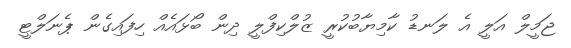
ޖަމީލް އަލީ އެ ލަނޑު ކާމިޔާބުކުރީ ޒުލްކިފްލީ ދިން ބޯޅައެއް ހިފައިގެން ޕެނަލްޓީ